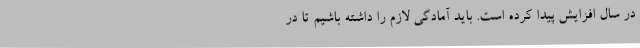
در سال افزایش پیدا کرده است. باید آمادگی لازم را داشته باشیم تا در